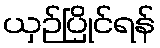
ယှဉ်ပြိုင်ရန်